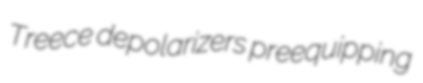
Treece depolarizers preequipping